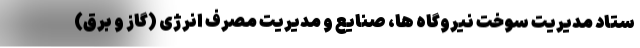
ستاد مدیریت سوخت نیروگاه ها، صنایع و مدیریت مصرف انرژی (گاز و برق)